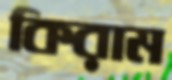
কিরাম